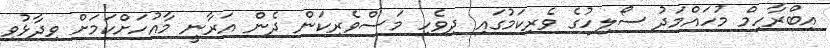
އިބްރާހިމް މުހައްމަދު ސޯލިހުގެ ވެރިކަމުގައި ދިވެހި މަސްވެރިކަން ދެން އަރާނީ މާއުހަށްކަމަށް ވިދާޅުވި